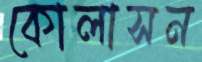
কোলাসন